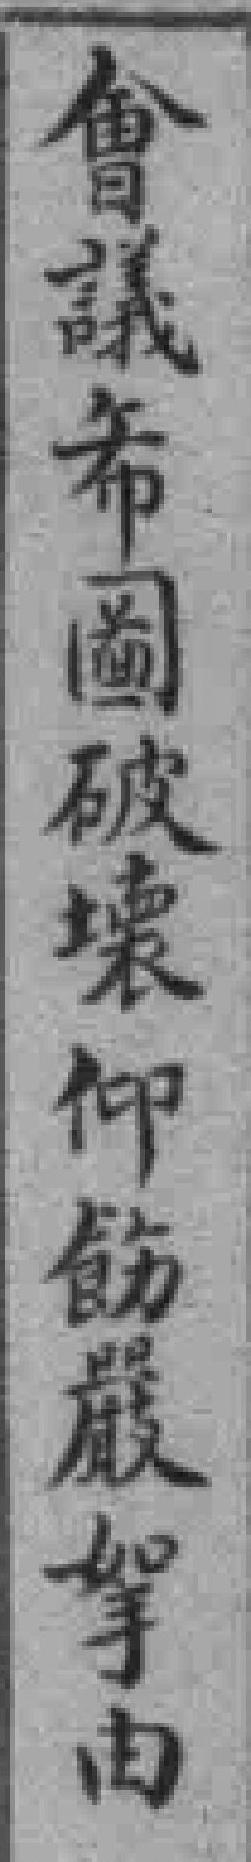
會議希圖破壞仰飭嚴拏由